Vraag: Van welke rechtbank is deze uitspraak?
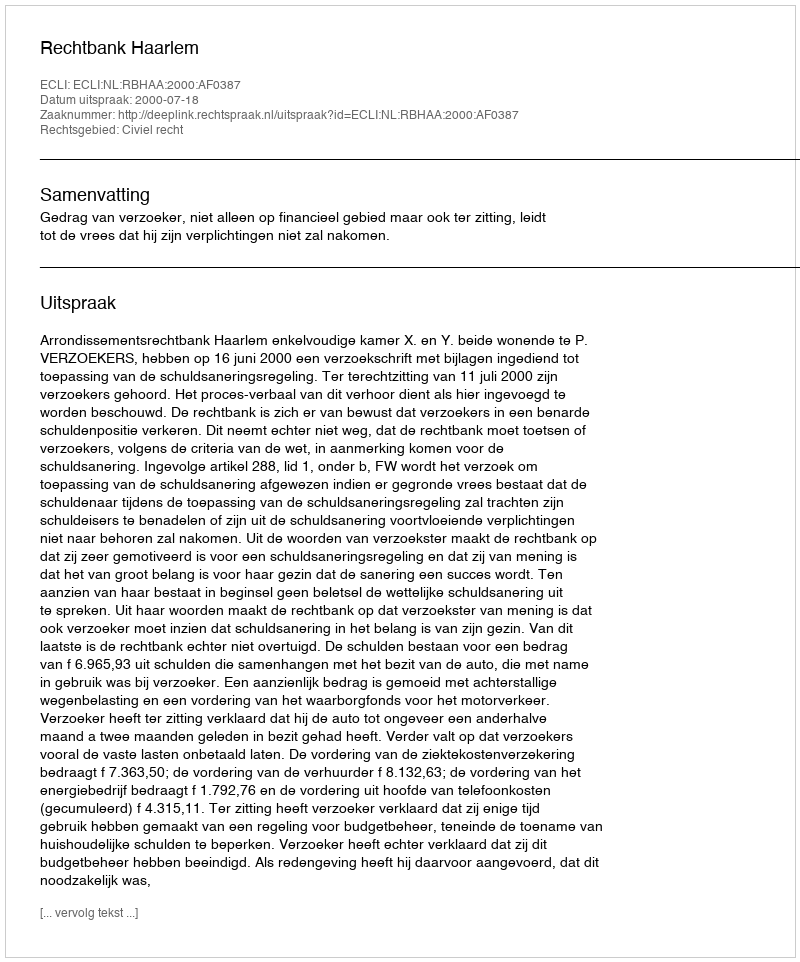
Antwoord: Rechtbank Haarlem